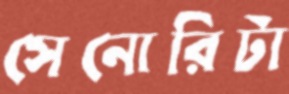
সেনোরিটা